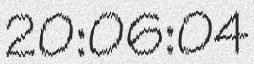
20:06:04